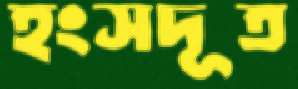
হংসদূত